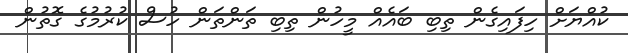
ކުއްޔަށް ހިފައިގެން ތިބި ބައެއް މީހުން ތިބި ތަންތަން ހުސް ކުރުމުގެ ގޮތުން